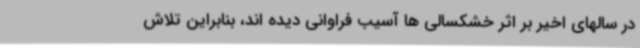
در سالهای اخیر بر اثر خشکسالی ها آسیب فراوانی دیده اند، بنابراین تلاش